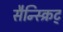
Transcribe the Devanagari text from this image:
सैन्स्क्रिट्